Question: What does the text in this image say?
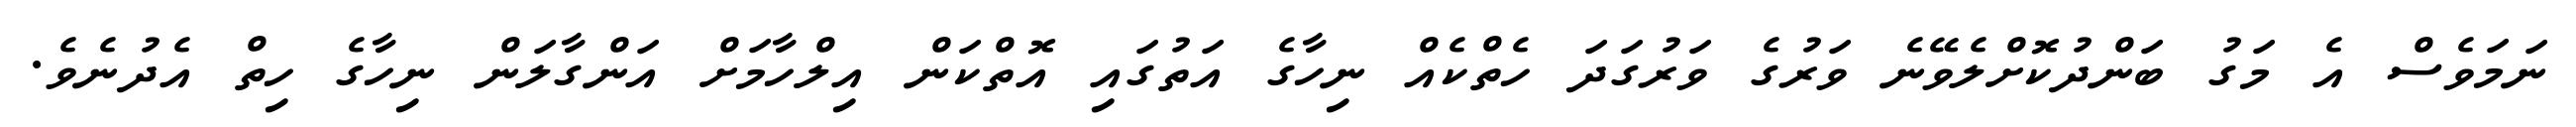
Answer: ނަމަވެސް އެ މަގު ބަންދުކޮށްލެވޭނެ ވަރުގެ ވަރުގަދަ ހެތްކެއް ނިހާގެ އަތުގައި އޮތްކަން އިލްހާމަށް އަންގާލަން ނިހާގެ ހިތް އެދުނެވެ.